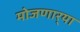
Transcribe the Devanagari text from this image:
मोजणार्‍या